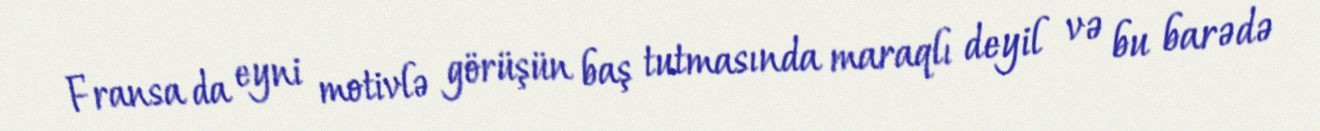
Fransa da eyni motivlə görüşün baş tutmasında maraqlı deyil və bu barədə